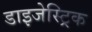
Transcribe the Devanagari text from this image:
डाइजेस्ट्रिक